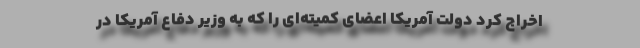
اخراج کرد دولت آمریکا اعضای کمیته‌ای را که به وزیر دفاع آمریکا در